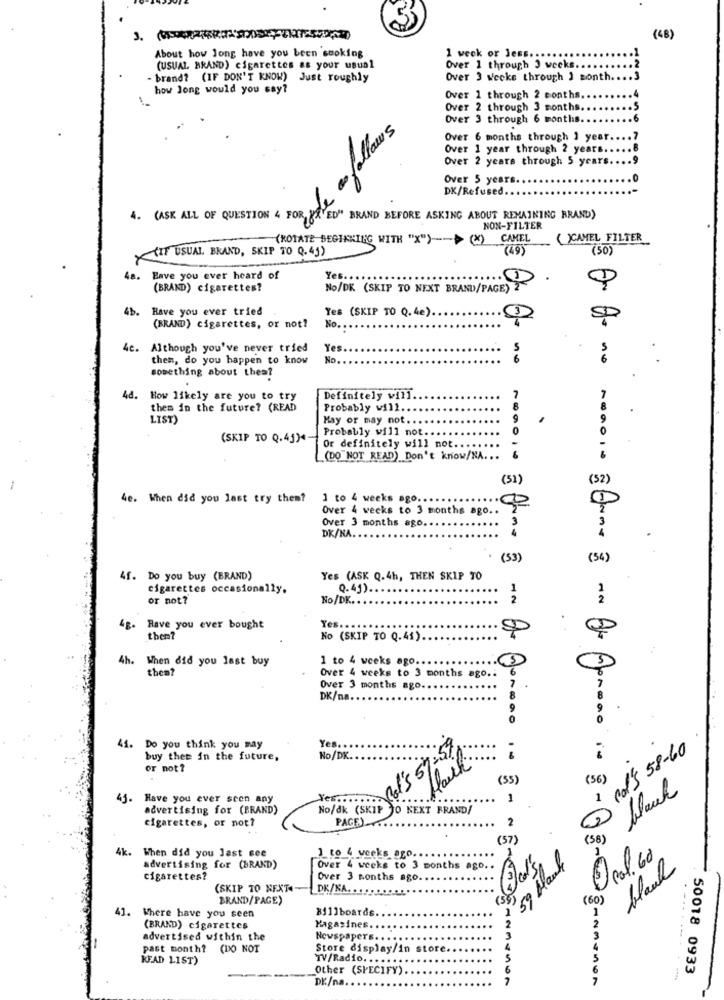
(48)
About how long have you been smoking
1 week or Jess.
(USUAL BRAND) cigarettes as your usual
Over 1 through 3 weeks ......
2
- brand? (IF DON'T KNOW) Just roughly
Over 3 wecke through J sonth ..
how long would you say?
4
Over 1 through 2 months.
Over 2 through 3 months ..
Over 3 through 6 months. ..
.6
de as follows
Over 6 months through 1 year ..
.7
Over 1 year through 2 years ....
Over 2 years through 5 years .... 9
Over 5 years
DK/Refused
4. (ASK ALL OF QUESTION 4 FOR, NA ED" BRAND BEFORE ASKING ABOUT REMAINING BRAND)
NON-FILTER
(ROTATE BEGIKKING WITH "x") -- > (X) CAMEL
(67)
()CAMEL FILTER
(50)
(IF USUAL. BRAND, SKIP TO Q.41)
4a.
Eave you ever heard of
Yes ......
.
(BRAND) cigarettes?
No/DK (SKIP TO NEXT BRAND/PAGE)
AN
4b. Have you ever tried
Yes (SKIP TO Q. 4e)
No.
SP
(BRAND) cigarettes, or not?
4c.
Although you've never tried
Yes ..
5
then, do you happen to know
No.
something about thea?
48.
How likely are you to try
Definitely will.
them in the future? (READ
Probably will.
LIST)
May or may not.
Probably will not.
(SKIP TO Q.45)4-
Or definitely will not.
(DO NOT READ) Don't know/NA ...
(51)
(52)
4e. When did you last try them?
1 to 4 weeks ago ..
Over 4 weeks to 3 months ago ..
Over 3 months ago ...
DK/KA.
(53)
(54)
4f. Do you buy (BRAND)
Yes (ASK Q.4h, THEN SKIP TO
cigarettes occasionally.
0.45) ..
or not?
No/DK.
2
. Have you ever bought
Yes ..
them?
No (SKIP TO Q.41)
4h.
When did you last buy
1 to 4 weeks ago ...
them?
Over 4 weeks to 3 months ago ..
Over 3 months ago ..
DK/na
41. Do you think you may
Yes ...
cd's 58-60
buy thee in the future,
No/DK.
est ...... \Rdl's 57-57
or not ?
( 56)
(55)
blaul
41.
Have you ever seen any
1
1
advertising for (BRAND)
No/dk (SKIP TO NEXT FRAND/
cigarettes, or not?
PAGE)
2
(57)
(58)
4k.
When did you last see
1 to 4 weeks ago.
...
59 bank
pol. 60
advertising for (BRAND)
Over 4 weeks to 3 months ago ..
black
cigarettes?
Over 3 months ago. .
(SKIP TO NEXT.
DK/NA.
BRAND/PAGE)
(60)
41.
Billboards
Where have you seen
(BRAND) cigarettes
Magasines. .
advertised within the
Newspapers ...
past month? (DO NOT
Store display/in store
READ LIST)
TV/Radio ......
Other (SPECIFY)
50018 0933
DK/na.